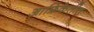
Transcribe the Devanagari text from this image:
आफ्रिकेतीत